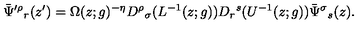
\bar { \Psi } ^ { \prime \rho } { } _ { r } ( z ^ { \prime } ) = \Omega ( z ; g ) ^ { - \eta } D ^ { \rho } { } _ { \sigma } ( L ^ { - 1 } ( z ; g ) ) D _ { r } { } ^ { s } ( U ^ { - 1 } ( z ; g ) ) \bar { \Psi } ^ { \sigma } { } _ { s } ( z ) .